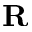
\mathbf { R }